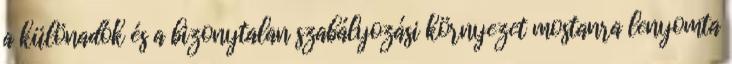
a különadók és a bizonytalan szabályozási környezet mostanra lenyomta